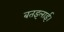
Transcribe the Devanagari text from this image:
बतइलाई।